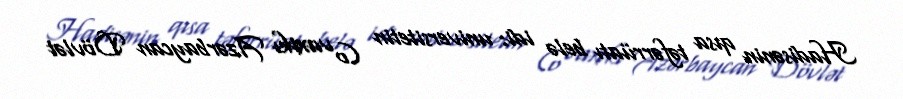
Hadisənin qısa təfərrüatı belə idi: universitetin (o vaxtkı Azərbaycan Dövlət